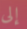
إلى